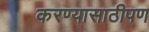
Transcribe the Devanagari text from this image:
करण्यासाठीपण